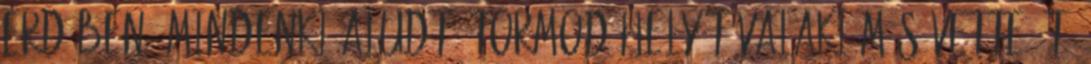
erdőben. Mindenki aludt. Tormod helyét valaki más vette át.